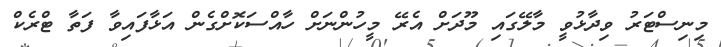
މިނިސްޓަރު ވިދާޅުވީ މާލޭގައި މޫދަށް އެރޭ މީހުންނަށް ހާއްސަކޮށްގެން އަޅާފައިވާ ފަތާ ޓްރެކް